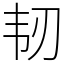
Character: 韧